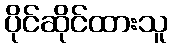
ပိုင်ဆိုင်ထားသူ